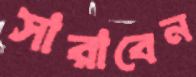
সারাবেন